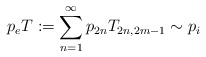
\begin{align*}p_{e}T:=\sum^{\infty}_{n=1}p_{2n}T_{2n,2m-1}\sim p_{i}\end{align*}